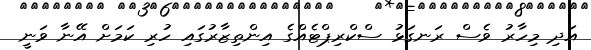
އަދި މިހާރު ވެސް ރަނގަޅު ސްކްރިޕްޓެއްގެ އިންތިޒާރުގައި ހުރި ކަމަށް އޭނާ ވަނީ